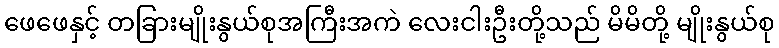
ဖေဖေနှင့် တခြားမျိုးနွယ်စုအကြီးအကဲ လေးငါးဦးတို့သည် မိမိတို့ မျိုးနွယ်စု